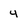
Character: 4